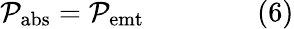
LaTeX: \mathcal{P}_{\mathrm{{{abs}}}}=\mathcal{P}_{\mathrm{{{emt}}}}\qquad\qquad(6)